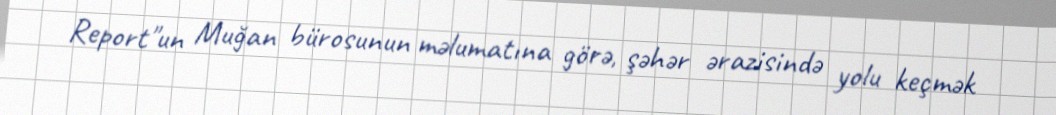
Report"un Muğan bürosunun məlumatına görə, şəhər ərazisində yolu keçmək